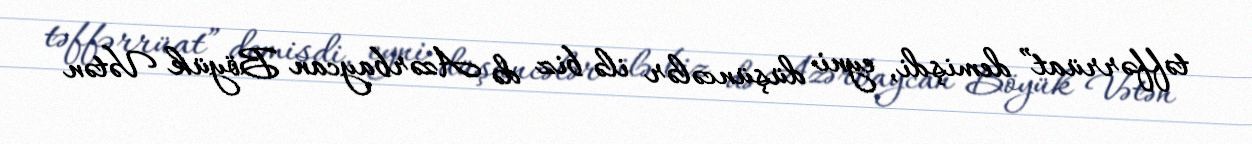
təffərrüat” demişdi, eyni düşüncələr ilə biz də Azərbaycan Böyük Vətən